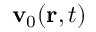
\mathbf { v } _ { 0 } ( \mathbf { r } , t )